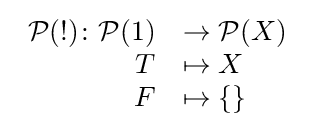
{\begin{array}{rl}{\mathcal {P}}(!)\colon {\mathcal {P}}(1)&\to {\mathcal {P}}(X)\\T&\mapsto X\\F&\mapsto \{\}\end{array}}